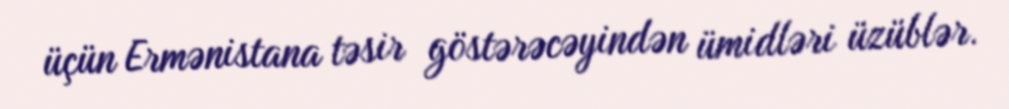
üçün Ermənistana təsir göstərəcəyindən ümidləri üzüblər.